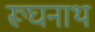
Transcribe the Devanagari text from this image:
रूघनाथ